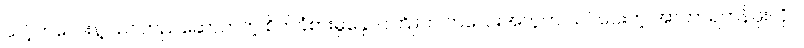
သင့်ကလေးနဲ့ သင်တည်ဆောက်တဲ့ စိတ်ခံစားမှုနှောင်ကြိုးက ကလေးအတွက် သင်ပေးတဲ့ အာဟာရတန်ဖိုးလိုပဲ